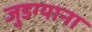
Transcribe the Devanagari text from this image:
जुडग्याना